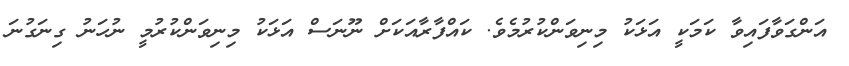
އަންގަވާފައިވާ ކަމަކީ އަޅަކު މިނިވަންކުރުމެވެ. ކައްފާރާއަކަށް ނޫނަސް އަޅަކު މިނިވަންކުރުމީ ނުހަނު ގިނަގުނަ